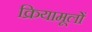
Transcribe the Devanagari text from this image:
क्रियामूलों